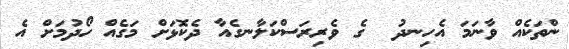
ންތަކެއް ވާނަމަ އެހިނދު  ގެ ވެރިރަސްކަލާނގެއާ ދެކޮޅަށް މަގެއް ހޯދުމަށް އެ